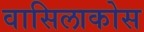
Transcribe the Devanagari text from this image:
वासिलाकोस